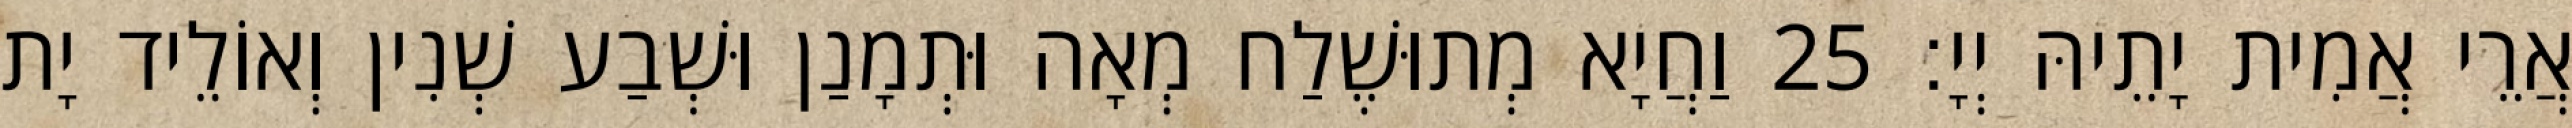
אֲרֵי אֲמִית יָתֵיהּ יְיָ׃ 25 וַחֲיָא מְתוּשֶׁלַח מְאָה וּתְמָנַן וּשְׁבַע שְׁנִין וְאוֹלֵיד יָת